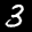
Label: 3